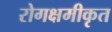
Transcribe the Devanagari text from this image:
रोगक्षमीकृत